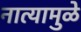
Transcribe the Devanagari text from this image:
नात्यामुळे